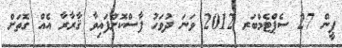
ޕީން 27 ސެޕްޓެމްބަރ 2012 ވަނަ ދުވަހު ފާސްކޮށްފައިވާ ޤާރާރާ އެއް ގޮތަށް